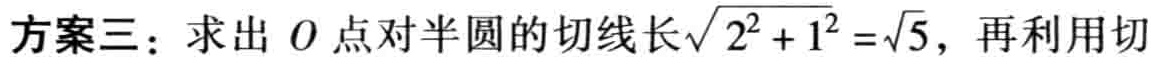
方案三：求出 \(O\) 点对半圆的切线长\(\sqrt{2^{2} + 1^{2}} =\sqrt{5}\)，再利用切